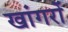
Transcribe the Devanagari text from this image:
खांगरों